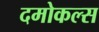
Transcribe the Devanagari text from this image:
दमोकल्स